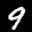
Label: 9